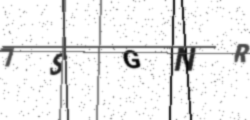
Text: 7SGNR